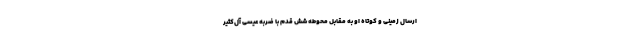
ارسال زمینی و کوتاه او به مقابل محوطه شش قدم با ضربه عیسی آل‌کثیر